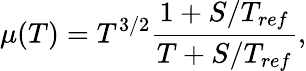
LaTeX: \mu(T)=T^{3/2}\frac{1+S/T_{ref}}{T+S/T_{ref}},